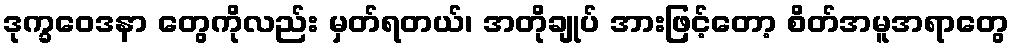
ဒုက္ခဝေဒနာ တွေကိုလည်း မှတ်ရတယ်၊ အတိုချုပ် အားဖြင့်တော့ စိတ်အမူအရာတွေ